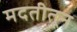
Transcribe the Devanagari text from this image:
मदतीतून